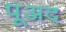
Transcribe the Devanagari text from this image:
पूअद